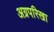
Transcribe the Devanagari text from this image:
अग्रपरिखा